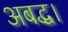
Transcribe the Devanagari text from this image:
अबद्ध।